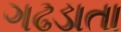
ગઢડાતા